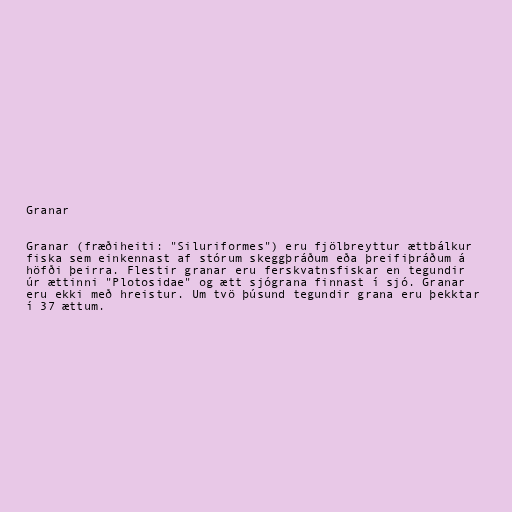
Granar

Granar (fræðiheiti: "Siluriformes") eru fjölbreyttur ættbálkur
fiska sem einkennast af stórum skeggþráðum eða þreifiþráðum á
höfði þeirra. Flestir granar eru ferskvatnsfiskar en tegundir
úr ættinni "Plotosidae" og ætt sjógrana finnast í sjó. Granar
eru ekki með hreistur. Um tvö þúsund tegundir grana eru þekktar
í 37 ættum.